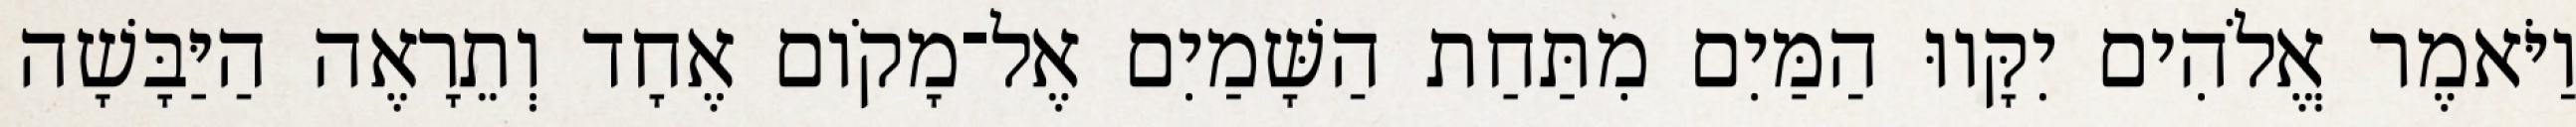
וַיֹּאמֶר אֱלֹהִים יִקָּווּ הַמַּיִם מִתַּחַת הַשָּׁמַיִם אֶל־מָקֹום אֶחָד וְתֵרָאֶה הַיַּבָּשָׁה